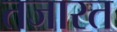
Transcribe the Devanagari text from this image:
तजारत